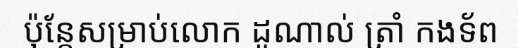
ប៉ុន្តែសម្រាប់លោក ដូណាល់ ត្រាំ កងទ័ព